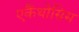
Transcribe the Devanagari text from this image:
एकैंथोसिस